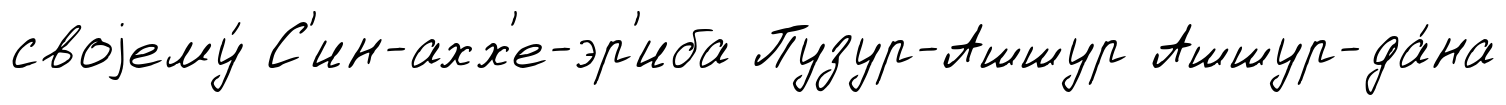
своjему́ С'ин-ахх'е-эр'иба Пузур-Ашшур Ашшур-да́на